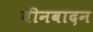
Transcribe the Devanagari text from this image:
बीनवादन